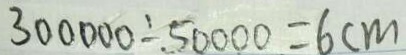
3 0 0 0 0 0 \div 5 0 0 0 0 = 6 c m